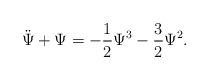
\begin{align*}\ddot{\Psi} + \Psi = - \frac{1}{2} \Psi^{3}- \frac{3}{2} \Psi^{2}. \end{align*}